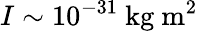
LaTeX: I\sim 10^{-31}~\mathrm{kg~m^{2}}